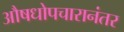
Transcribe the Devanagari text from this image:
औषधोपचारानंतर